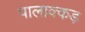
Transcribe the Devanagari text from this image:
पालाक्कड़